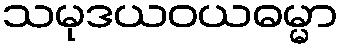
သမုဒယဝယဓမ္မာ